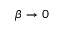
\beta \to 0